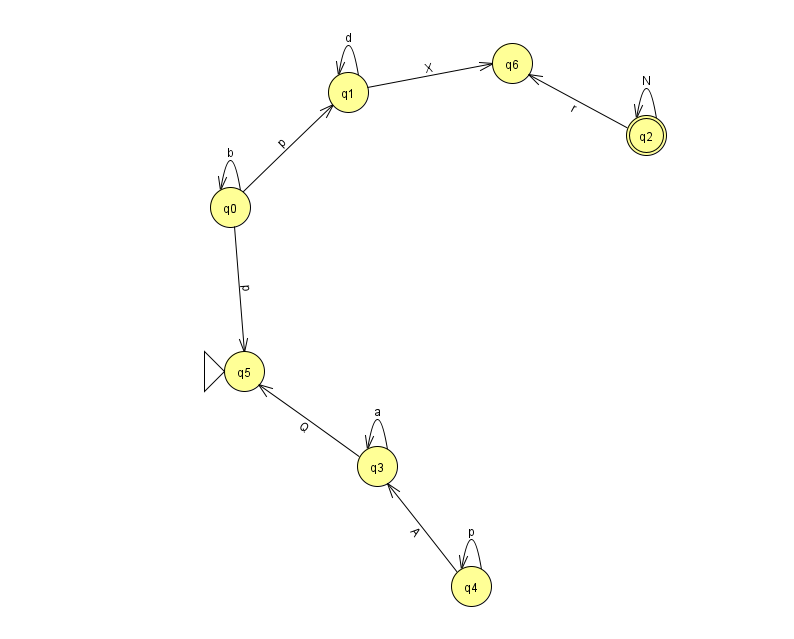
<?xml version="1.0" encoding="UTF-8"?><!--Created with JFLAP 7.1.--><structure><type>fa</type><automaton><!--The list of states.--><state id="0" name="q0"><x>230.0</x><y>194.0</y></state><state id="1" name="q1"><x>348.0</x><y>79.0</y></state><state id="2" name="q2"><x>646.0</x><y>122.0</y><final/></state><state id="3" name="q3"><x>377.0</x><y>453.0</y></state><state id="4" name="q4"><x>471.0</x><y>573.0</y></state><state id="5" name="q5"><x>244.0</x><y>358.0</y><initial/></state><state id="6" name="q6"><x>512.0</x><y>50.0</y></state><!--The list of transitions.--><transition><from>4</from><to>4</to><read>p</read></transition><transition><from>3</from><to>3</to><read>a</read></transition><transition><from>0</from><to>0</to><read>b</read></transition><transition><from>2</from><to>6</to><read>r</read></transition><transition><from>3</from><to>5</to><read>Q</read></transition><transition><from>1</from><to>1</to><read>d</read></transition><transition><from>0</from><to>5</to><read>p</read></transition><transition><from>4</from><to>3</to><read>A</read></transition><transition><from>0</from><to>1</to><read>p</read></transition><transition><from>2</from><to>2</to><read>N</read></transition><transition><from>1</from><to>6</to><read>X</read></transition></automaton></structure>